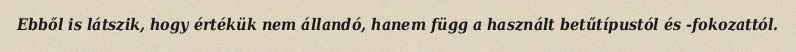
Ebből is látszik, hogy értékük nem állandó, hanem függ a használt betűtípustól és -fokozattól.